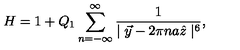
H = 1 + Q _ { 1 } \sum _ { n = - \infty } ^ { \infty } \frac { 1 } { \mid \vec { y } - 2 \pi n a \hat { z } \mid ^ { 6 } } ,